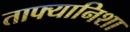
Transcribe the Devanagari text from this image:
ताफ्यानिशा